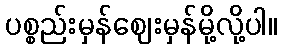
ပစ္စည်းမှန်ဈေးမှန်မို့လို့ပါ။